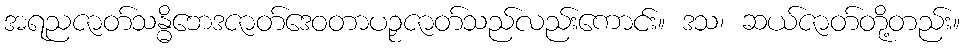
အရညဇာတ်သန္ဓိဘေဒဇာတ်ဒေဝတာပဉှဇာတ်သည်လည်းကောင်း။ ဒသ၊ ဆယ်ဇာတ်တို့တည်း။